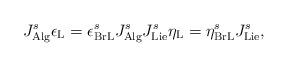
LaTeX: \begin{align*}J_{\mathrm{Alg}}^{s}\epsilon _{\mathrm{L}}=\epsilon _{\mathrm{BrL}}^{s}J_{\mathrm{Alg}}^{s}J_{\mathrm{Lie}}^{s}\eta _{\mathrm{L}}=\eta _{\mathrm{BrL}}^{s}J_{\mathrm{Lie}}^{s}, \end{align*}